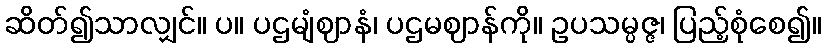
ဆိတ်၍သာလျှင်။ ပ။ ပဌမျံဈာနံ၊ ပဌမဈာန်ကို။ ဥပသမ္ပဇ္ဇ၊ ပြည့်စုံစေ၍။